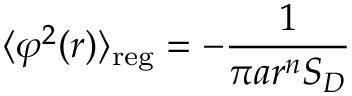
\langle \varphi ^ { 2 } ( r ) \rangle _ { \mathrm { r e g } } = - \frac { 1 } { \pi a r ^ { n } S _ { D } }